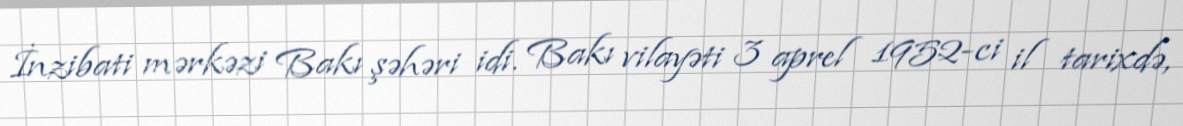
İnzibati mərkəzi Bakı şəhəri idi. Bakı vilayəti 3 aprel 1952-ci il tarixdə,